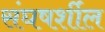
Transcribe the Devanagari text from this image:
संघषर्शील